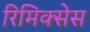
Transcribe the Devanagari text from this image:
रिमिक्सेस